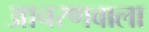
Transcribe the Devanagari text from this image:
आचरणवाला